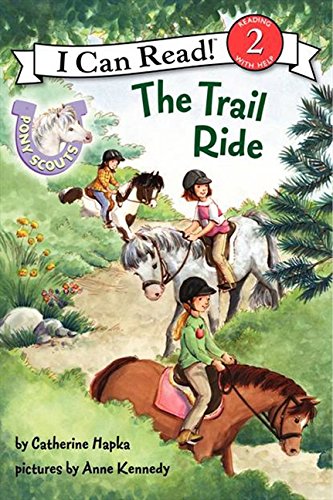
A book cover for Pony Scouts: The Trail Ride (I Can Read Level 2); Catherine Hapka; Children's Books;